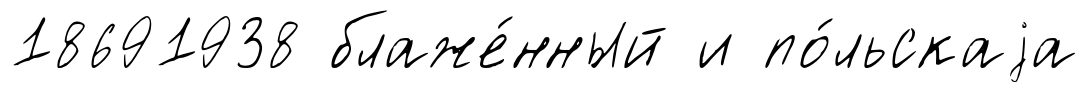
18691938 блаже́нный и по́льскаjа